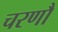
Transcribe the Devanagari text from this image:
चरणौ